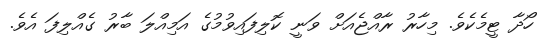
ހޯދާ ޓީމެކެވެ. މިހާރު ރާއްޖެއަށް ވަނީ ކޮލިފައިވުމުގެ އަމިއްލަ ބާރު ގެއްލިފަ އެވެ.